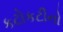
કટોકટીનો